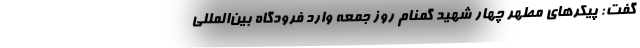
گفت: پیکرهای مطهر چهار شهید گمنام روز جمعه وارد فرودگاه بین‌المللی